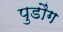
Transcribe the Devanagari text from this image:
पुडौंग